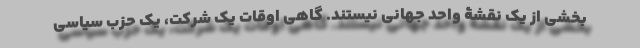
بخشی از یک نقشۀ واحد جهانی نیستند. گاهی اوقات یک شرکت، یک حزب سیاسی